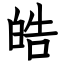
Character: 皓